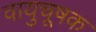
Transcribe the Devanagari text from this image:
वायुचूषक